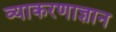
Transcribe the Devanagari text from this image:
व्याकरणाज्ञान